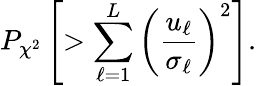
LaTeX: P_{\chi^{2}}\left[>\sum_{\ell=1}^{L}\left(\frac{u_{\ell}}{\sigma_{\ell}}\right)^{2}\right].